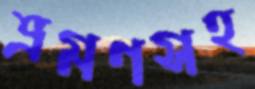
ভ্রমণসহ